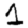
Digit: 1